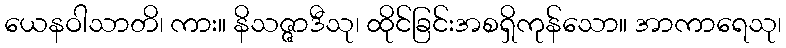
ယေနဝါသာတိ၊ ကား။ နိသဇ္ဇာဒီသု၊ ထိုင်ခြင်းအစရှိကုန်သော။ အာကာရေသု၊